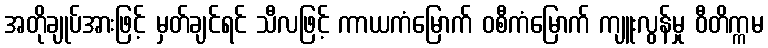
အတိုချုပ်အားဖြင့် မှတ်ချင်ရင် သီလဖြင့် ကာယကံမြောက် ဝစီကံမြောက် ကျူးလွန်မှု ဝီတိက္ကမ